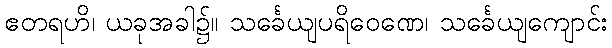
ဧတရဟိ၊ ယခုအခါ၌။ သင်္ခေယျပရိဝေဏေ၊ သင်္ခေယျကျောင်း